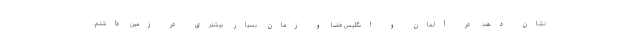
نشان دهند. در آلمان و انگلیس فضا و زمان بسیار بیشتری در زمین داشتم.